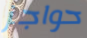
حواجز